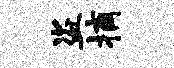
盗摘